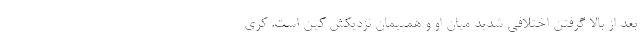
بعد از بالا گرفتن اختلافی شدید میان او و همپیمان نزدیکش کین است. کری